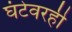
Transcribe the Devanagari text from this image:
घंटेवरही